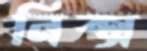
নিক্স